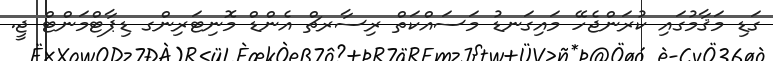
ގަޑި މަޤާމުގައި ކުރަންޖެހޭ މައިގަނޑު މަސައްކަތް ރިސާރޗް އެންޑް މޮނިޓަރިންގ ޑިޕާޓްމަންޓް ޖީ.